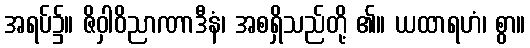
အရပ်၌။ ဇိဝှါဝိညာဏာဒီနံ၊ အစရှိသည်တို့ ၏။ ယထာရဟံ၊ စွာ။